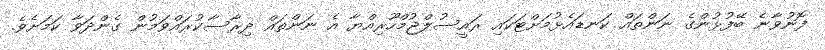
ފޮނުވާނެ ބޭފުޅުންގެ ނަންތައް ކަނޑައެޅުމަށްޓަކައި ރައީސުލްޖުމްހޫރިއްޔާ އެ ނަންތައް ދިރާސާކުރައްވަމުން ގެންދަވާ ކަމަށެވެ.